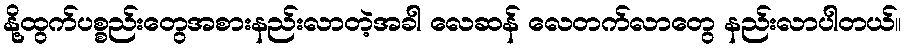
နို့ထွက်ပစ္စည်းတွေအစားနည်းလာတဲ့အခါ လေဆန် လေတက်လာတွေ နည်းလာပါတယ်။